Vaccination in Burma 1920-1933 - 1920-1933
Year: 1920
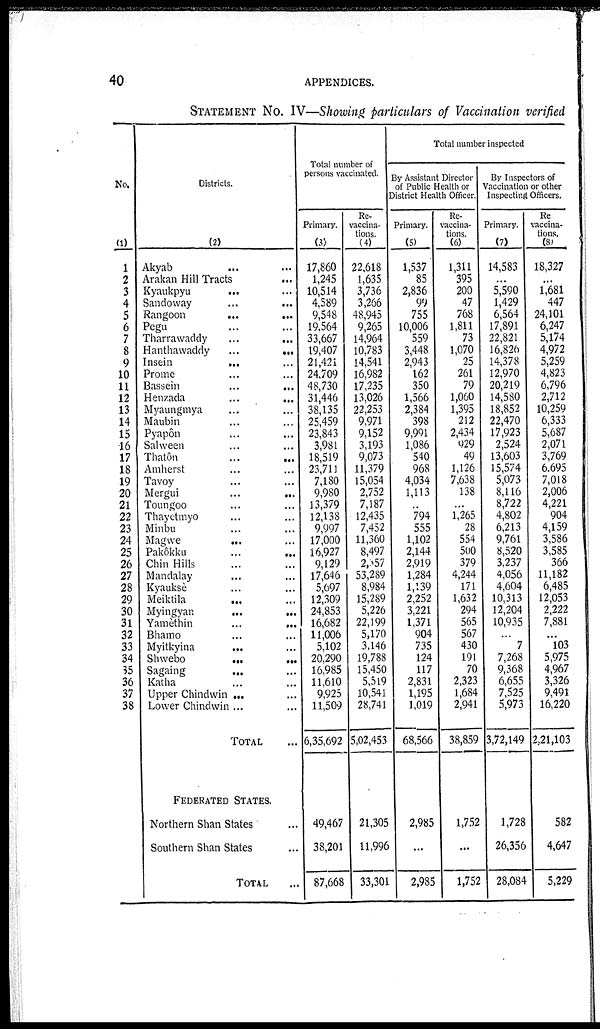
40
APPENDICES.
STATEMENT No. IV—Showing particulars of Vaccination verified
No.
(1)
1
2
3
4
5
6
7
8
9
10
11
12
13
14
15
16
17
18
19
20
21
22
23
24
25
26
27
28
29
30
31
32
33
34
35
36
37
38
Districts.
(2)
Akyab... ... ...
Arakan Hill Tracts... ... ...
Kyaukpyu ... ... ...
Sandoway... ... ...
Rangoon...
...
...
Pegu... ... ...
Tharrawaddy...
...
...
Hanthawaddy...
...
...
Insein...
...
...
Prome... ... ...
Bassein...
...
...
Henzada...
...
...
Myaungmya... ... ...
Maubin... ... ...
Pyapôn...... ...
Salween... ... ...
Thatôn... ... ...
Amherst... ... ...
Tavoy... ... ...
Mergui...
...
...
Toungoo... ... ...
Thayetmyo... ... ...
Minbu... ... ...
Magwe... ... ...
Pakôkku... ... ...
Chin Hills... ...
Mandalay... ... ...
Kyauksè... ... ...
Meiktila... ... ...
Myingyan... ... ...
Yamèthin...
...
...
Bhamo... ... ...
Myitkyina... ... ...
Shwebo...
...
...
Sagaing...... ... ...
Katha... ... ...
Upper Chindwin ...
Lower Chindwin ...
TOTAL...
FEDERATED STATES.
Northern Shan States... ...
Southern Shan States... ...
TOTAL...
Total number of
persons vaccinated.
Primary.
(3)
17,860
1,245
10,514
4,589
9,548
19,564
33,667
19,407
21,421
24,709
48,730
31,446
38,135
25,459
23,843
3,981
18,519
23,711
7,180
9,980
13,379
12,138
9,997
17,000
16,927
9,129
17,646
5,697
12,309
24,853
16,682
11,006
5,102
20,290
16,985
11,610
9,925
11,509
6,35,692
49,467
38,201
87,668
Re-
vaccina-
tions.
(4)
22,618
1,635
3,736
3,266
48,945
9,265
14,964
10,783
14,541
16,982
17,235
13,026
22,253
9,971
9,152
3,193
9,073
11,379
15,054
2,752
7,187
12,435
7,452
11,360
8,497
2,057
53,289
8,984
15,289
5,226
22,199
5,170
3,146
19,788
15,450
5,519
10,541
28,741
5,02,453
21,305
11,996
33,301
Total number inspected
By Assistant Director
of Public Health or
District Health Officer.
Primary.
(5)
1,537
85
2,836
99
755
10,006
559
3,448
2,943
162
350
1,566
2,384
398
9,991
1,086
540
968
4,034
1,113
...
794
555
1,102
2,144
2,919
1,284
1,139
2,252
3,221
1,371
904
735
124
117
2,831
1,195
1,019
68,566
2,985
...
2,985
Re-
vaccina-
tions.
(6)
1,311
395
200
47
768
1,811
73
1,070
25
261
79
1,060
1,395
212
2,434
929
49
1,126
7,638
138
...
1,265
28
554
500
379
4,244
171
1,632
294
565
567
430
191
70
2,323
1,684
2,941
38,859
1,752
...
1,752
By Inspectors of
Vaccination or other
Inspecting Officers.
Primary.
(7)
14,583
...
5,590
1,429
6,564
17,891
22,821
16,826
14,378
12,970
20,219
14,580
18,852
22,470
17,923
2,524
13,603
15,574
5,073
8,116
8,722
4,802
6,213
9,761
8,520
3,237
4,056
4,604
10,313
12,204
10,935
...
7
7,268
9,368
6,655
7,525
5,973
3,72,149
1,728
26,356
28,084
Re
vaccina-
tions.
(8)
18,327
...
1,681
447
24,101
6,247
5,174
4,972
5,259
4,823
6,796
2,712
10,259
6,333
5,687
2,071
3,769
6,695
7,018
2,006
4,221
904
4,159
3,586
3,585
366
11,182
6,485
12,053
2,222
7,881
...
103
5,975
4,967
3,326
9,491
16,220
2,21,103
582
4,647
5,229